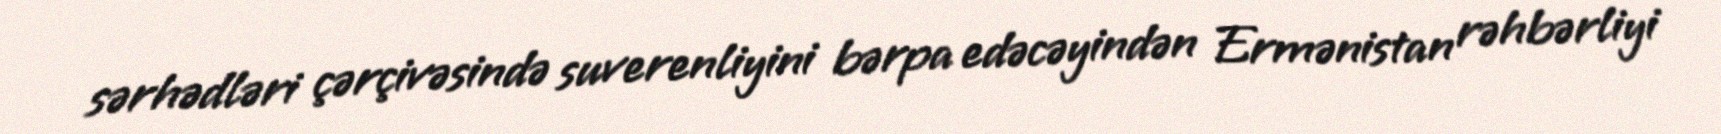
sərhədləri çərçivəsində suverenliyini bərpa edəcəyindən Ermənistan rəhbərliyi